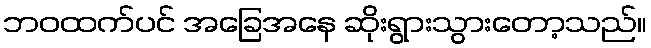
ဘဝထက်ပင် အခြေအနေ ဆိုးရွားသွားတော့သည်။